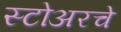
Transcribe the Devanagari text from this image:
स्टोअरचे